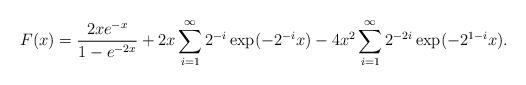
LaTeX: \begin{align*} F(x) = \frac{2xe^{-x}}{1-e^{-2x}} + 2x \sum_{i=1}^{\infty} 2^{-i} \exp(-2^{-i}x) - 4x^2 \sum_{i=1}^{\infty} 2^{-2i} \exp(-2^{1-i}x) . \end{align*}